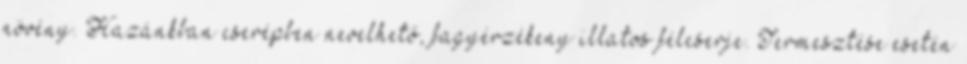
növény. Hazánkban cserépben nevelhető, fagyérzékeny illatos félcserje. Termesztése esetén